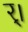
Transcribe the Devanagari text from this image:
र्।